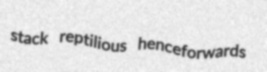
stack reptilious henceforwards